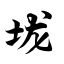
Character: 垅